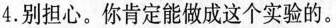
4.别担心.你肯定能做成这个实验的。